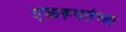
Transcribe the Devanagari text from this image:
एकरूपतेच्या